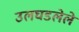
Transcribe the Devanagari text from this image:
उलघडलेले